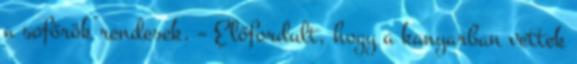
a sofőrök rendesek. – Előfordult, hogy a kanyarban vettek